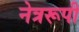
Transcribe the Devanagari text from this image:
नेत्ररूपी